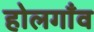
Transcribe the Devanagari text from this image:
होलगाँव